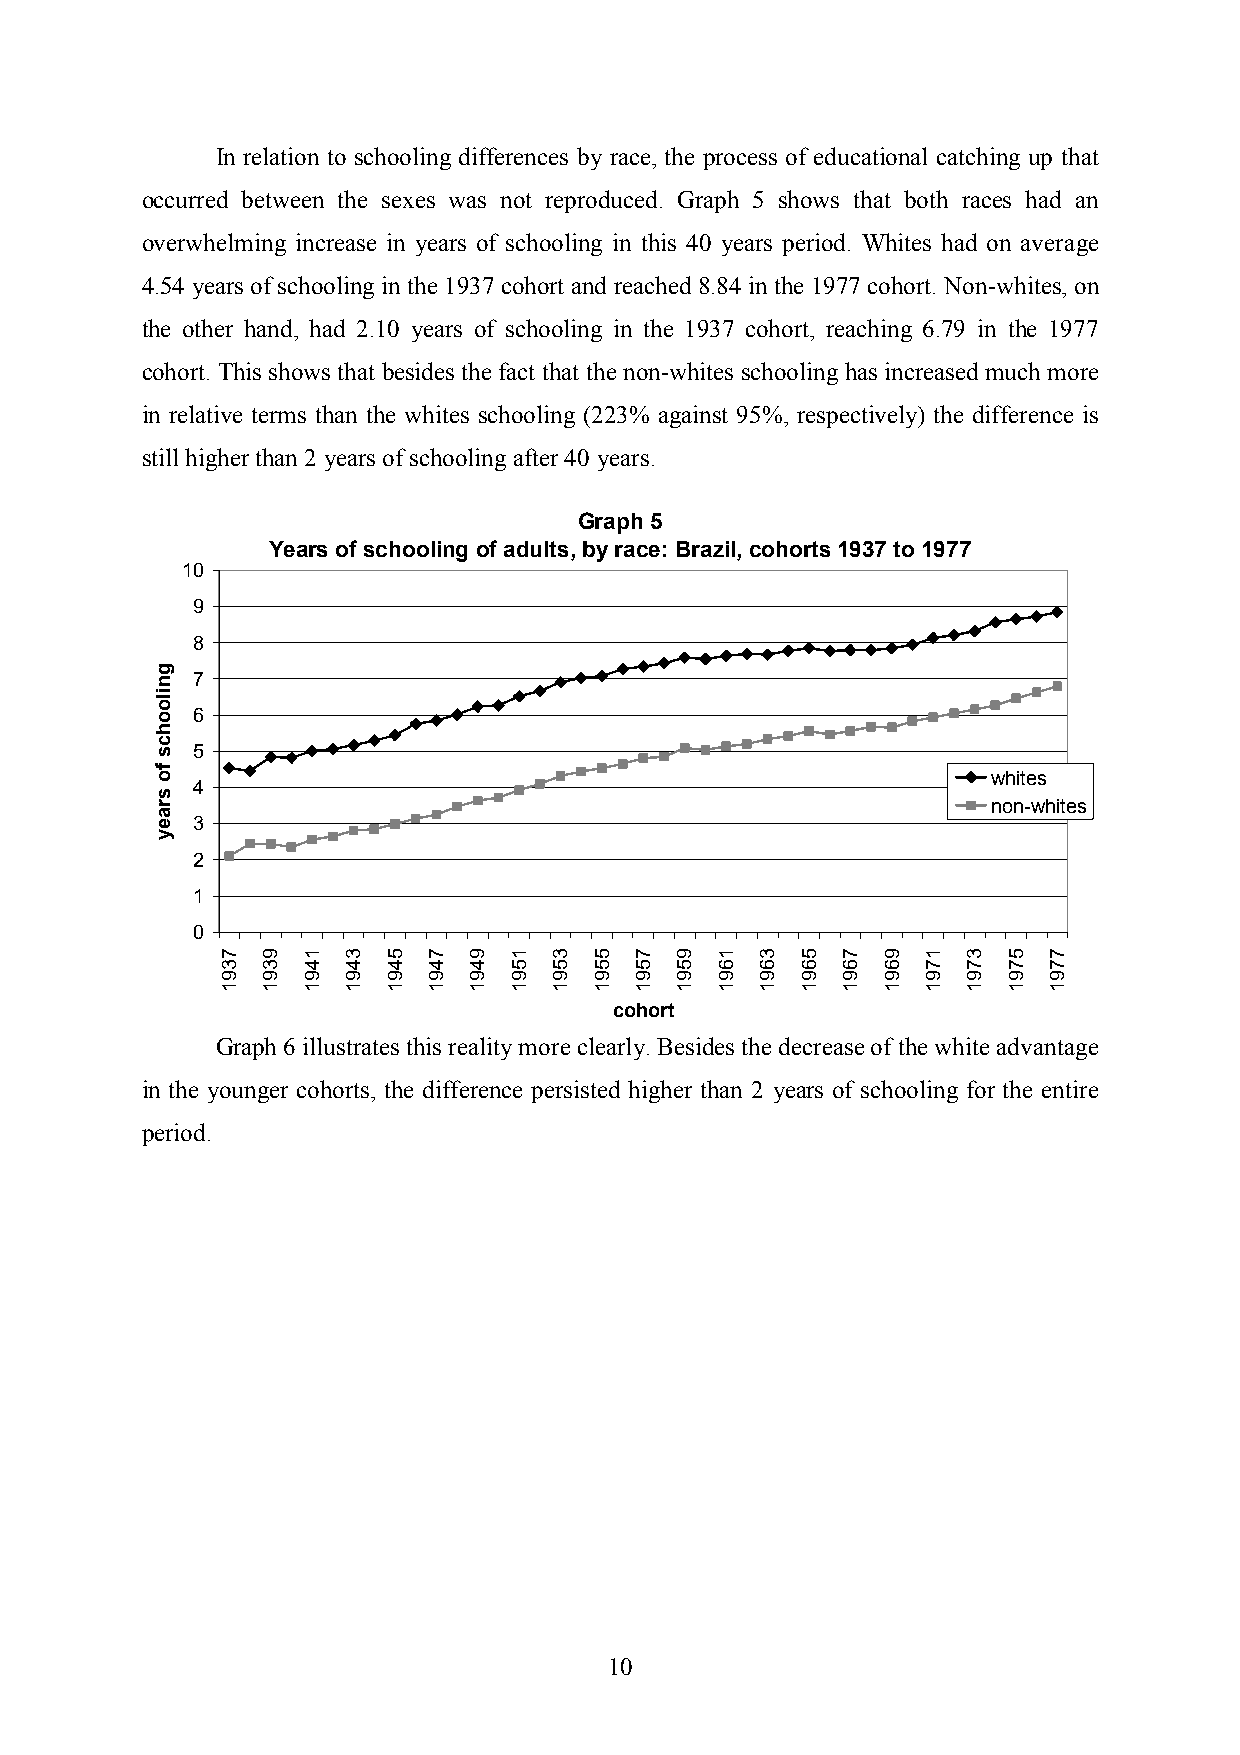
In relation to schooling differences by race, the process of educational catching up that
 occurred between the sexes was not reproduced. Graph 5 shows that both races had an
 overwhelming increase in years of schooling in this 40 years period. Whites had on average
 4.54 years of schooling in the 1937 cohort and reached 8.84 in the 1977 cohort. Non-whites, on
 the other hand, had 2.10 years of schooling in the 1937 cohort, reaching 6.79 in the 1977
 cohort. This shows that besides the fact that the non-whites schooling has increased much more
 in relative terms than the whites schooling (223% against 95%, respectively) the difference is
 still higher than 2 years of schooling after 40 years.
 Graph 5
 Years of schooling of adults, by race: Brazil, cohorts 1937 to 1977
 10
 9
 8
 7
 6
 5
 whites
 4
 non-whites
 3
 2
 1
 0
 cohort
 Graph 6 illustrates this reality more clearly. Besides the decrease of the white advantage
 in the younger cohorts, the difference persisted higher than 2 years of schooling for the entire
 period.
 10
 gniloohcs
 fo
 sraey
 7391 9391 1491 3491 5491 7491 9491 1591 3591 5591 7591 9591 1691 3691 5691 7691 9691 1791 3791 5791 7791